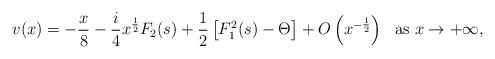
LaTeX: \begin{align*} v(x)=-\frac{x}{8}-\frac{i}{4}x^{\frac{1}{2}}F_2(s)+\frac{1}{2}\left [F_1^2(s)-\Theta\right ]+O\left (x^{-\frac{1}{2}}\right ) ~~\mbox{as}~x\rightarrow+\infty, \end{align*}